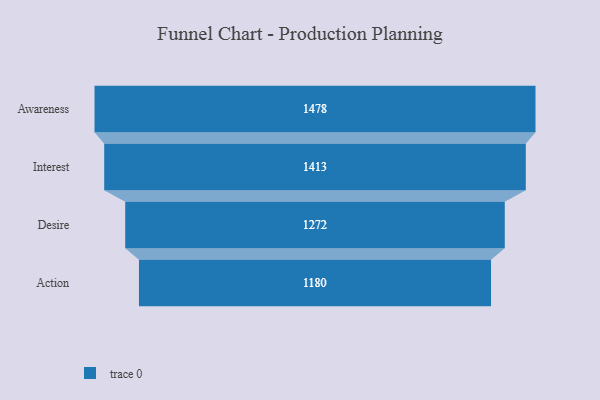
{"axis": {"x": "Stage", "y": "Value"}, "legend": [""], "data": [{"x": "Awareness", "y": 1478.0, "type": ""}, {"x": "Interest", "y": 1413.0, "type": ""}, {"x": "Desire", "y": 1272.0, "type": ""}, {"x": "Action", "y": 1180.0, "type": ""}]}